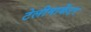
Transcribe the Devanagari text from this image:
टेलीमार्केटर